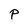
Character: P